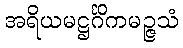
အရိယမဋ္ဌင်္ဂိကမဉ္ဇသံ